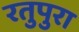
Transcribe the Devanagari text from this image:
रतुपुरा